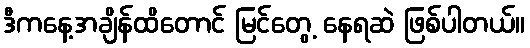
ဒီကနေ့အချိန်ထိတောင် မြင်တွေ့ နေရဆဲ ဖြစ်ပါတယ်။